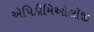
ઍપિડીમિઓલૉજી